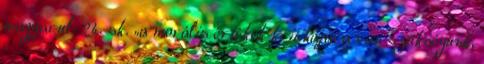
magyarul: 24. sk. „a morális értékek kritikájára van szükségünk,